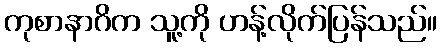
ကုစာနာဂိက သူ့ကို ဟန့်လိုက်ပြန်သည်။